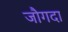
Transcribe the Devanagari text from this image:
जौगदा